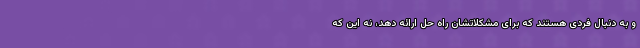
و به دنبال فردی هستند که برای مشکلاتشان راه حل ارائه دهد، نه این که